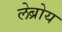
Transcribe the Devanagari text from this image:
लेब्रोय